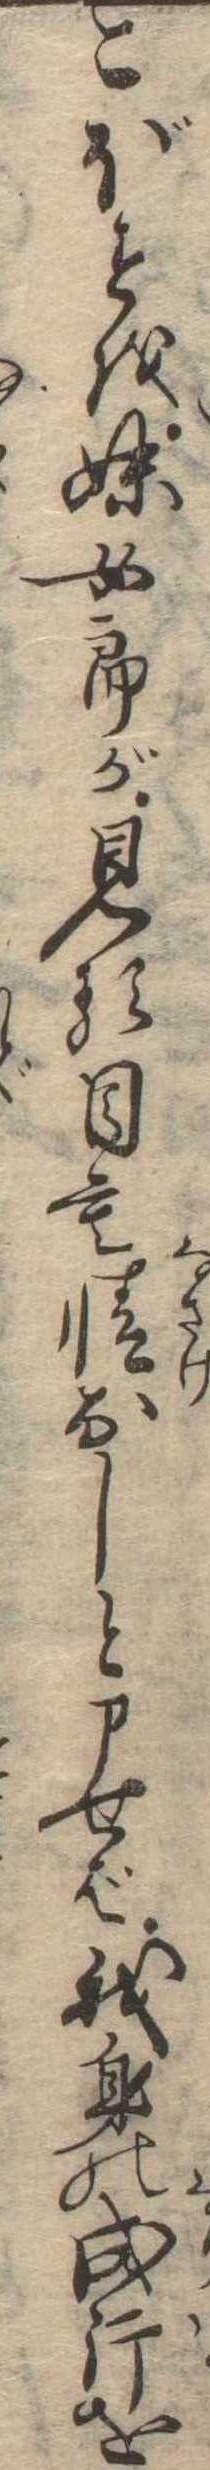
こぼすを妹女郎が見る目も情なしと申せば我身の成行を